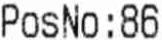
POSNO : 86